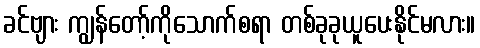
ခင်ဗျား ကျွန်တော့်ကိုသောက်စရာ တစ်ခုခုယူပေးနိုင်မလား။